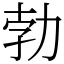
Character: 勃